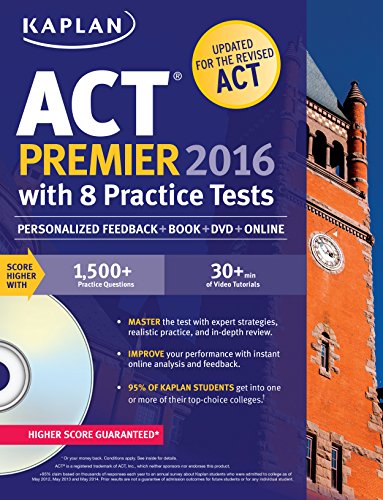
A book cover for Kaplan ACT Premier 2016 with 8 Practice Tests: Personalized Feedback + Book + Online + DVD (Kaplan Test Prep); Kaplan; Test Preparation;